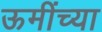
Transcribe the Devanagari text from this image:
ऊमींच्या